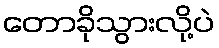
တောခိုသွားလို့ပဲ